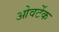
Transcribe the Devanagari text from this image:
ओवर्टेक